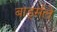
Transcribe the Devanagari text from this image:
बार्ड्सले